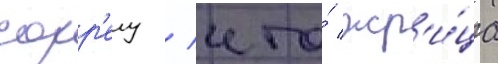
сорр'елу / что́ жр'и́ца